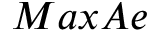
M a x A e